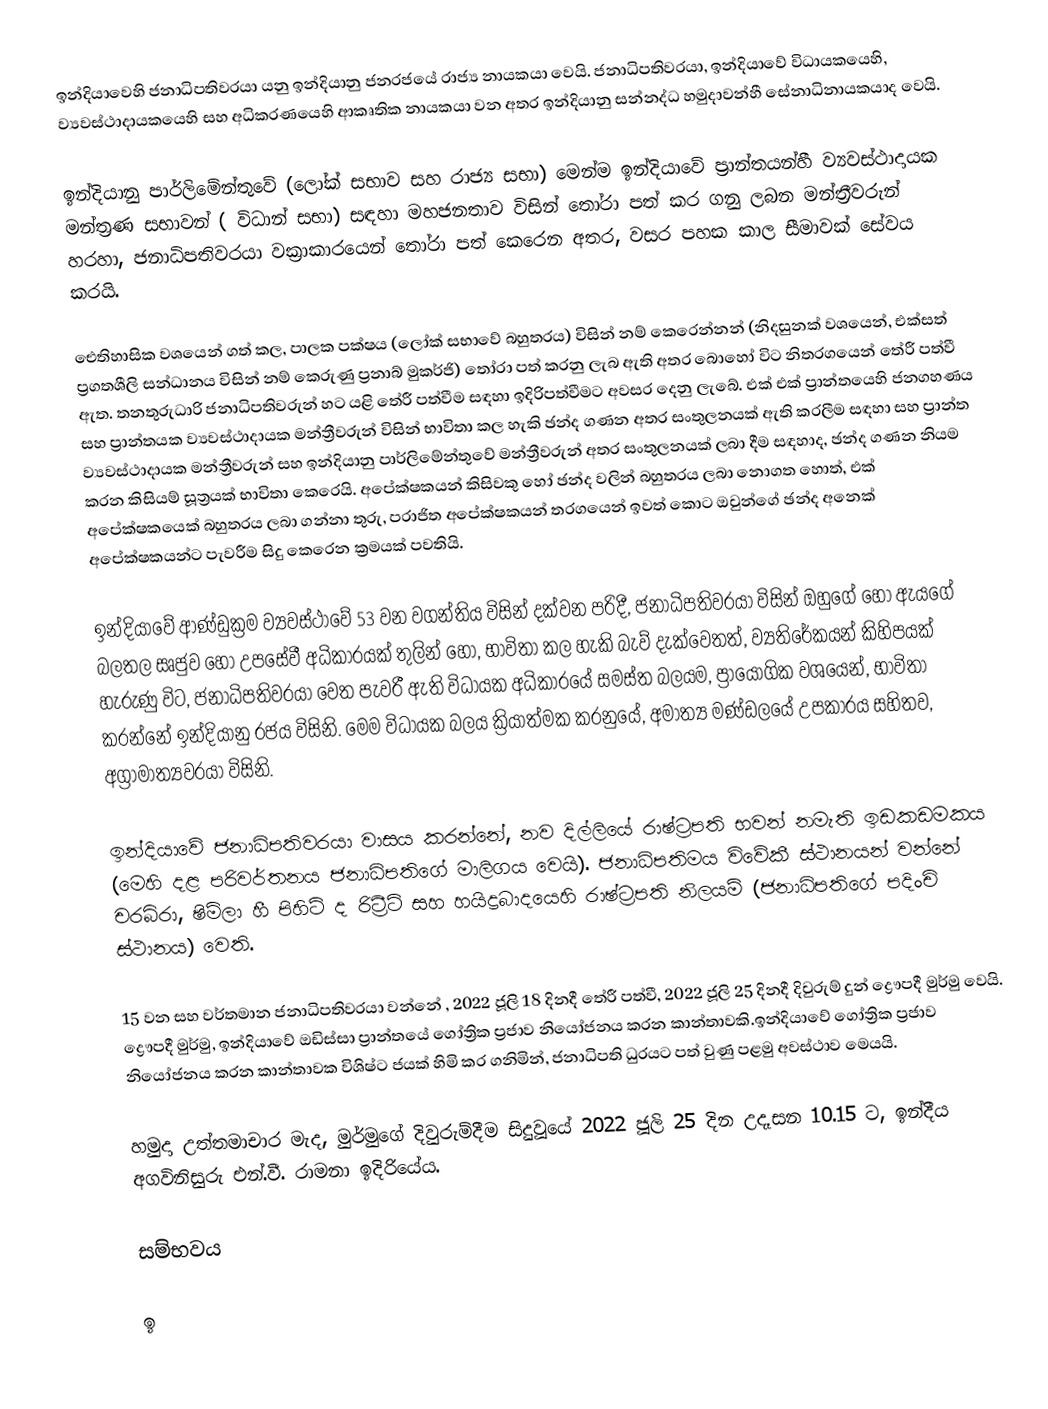
ඉන්දියාවෙහි ජනාධිපතිවරයා යනු ඉන්දියානු ජනරජයේ රාජ්‍ය නායකයා වෙයි. ජනාධිපතිවරයා, ඉන්දියාවේ  විධායකයෙහි, ව්‍යවස්ථාදායකයෙහි සහ අධිකරණයෙහි ආකෘතික නායකයා වන අතර ඉන්දියානු සන්නද්ධ හමුදාවන්හී සේනාධිනායකයාද වෙයි.

ඉන්දියානු පාර්ලිමේන්තුවේ (ලෝක් සභාව සහ රාජ්‍ය සභා) මෙන්ම ඉන්දියාවේ ප්‍රාන්තයන්හී ව්‍යවස්ථාදායක මන්ත්‍රණ සභාවන්‍ ( විධාන් සභා) සඳහා මහජනතාව විසින් තෝරා පත් කර ගනු ලබන මන්ත්‍රීවරුන් හරහා, ජනාධිපතිවරයා වක්‍රාකාරයෙන් තෝරා පත් කෙරෙන අතර, වසර පහක කාල සීමාවක් සේවය කරයි.

ඓතිහාසික වශයෙන් ගත් කල, පාලක පක්ෂය (ලෝක් සභාවේ බහුතරය) විසින් නම් කෙරෙන්නන් (නිදසුනක් වශයෙන්, එක්සත් ප්‍රගතශීලි සන්ධානය විසින් නම් කෙරුණු ප්‍රනාබ් මුකර්ජි) තෝරා පත් කරනු ලැබ ඇති අතර බොහෝ විට නිතරගයෙන් තේරී පත්වී ඇත. තනතුරුධාරි ජනාධිපතිවරුන් හට යළි තේරී පත්වීම සඳහා ඉදිරිපත්වීමට අවසර දෙනු ලැබේ. එක් එක් ප්‍රාන්තයෙහි ජනගහණය සහ ප්‍රාන්තයක ව්‍යවස්ථාදායක මන්ත්‍රීවරුන් විසින් භාවිතා කල හැකි ඡන්ද ගණන අතර සංතුලනයක් ඇති කරලීම සඳහා සහ ප්‍රාන්ත ව්‍යවස්ථාදායක මන්ත්‍රීවරුන් සහ ඉන්දියානු පාර්ලිමේන්තුවේ මන්ත්‍රීවරුන් අතර සංතුලනයක් ලබා දීම සඳහාද, ඡන්ද ගණන නියම කරන කිසියම් සූත්‍රයක් භාවිතා කෙරෙයි. අපේක්ෂකයන් කිසිවකු හෝ ඡන්ද වලින් බහුතරය ලබා නොගත හොත්, එක් අපේක්ෂකයෙක් බහුතරය ලබා ගන්නා තුරු, පරාජිත අපේක්ෂකයන් තරගයෙන් ඉවත් කොට ඔවුන්ගේ ඡන්ද අනෙක් අපේක්ෂකයන්ට පැවරීම සිදු කෙරෙන ක්‍රමයක් පවතියි.

ඉන්දියාවේ ආණ්ඩුක්‍රම ව්‍යවස්ථාවේ  53 වන වගන්තිය විසින් දක්වන පරිදී, ජනාධිපතිවරයා විසින් ඔහුගේ හෝ ඇයගේ බලතල සෘජුව හෝ උපසේවී අධිකාරයක් තුලින් හෝ, භාවිතා කල හැකි බැව් දැක්වෙතත්, ව්‍යතිරේකයන් කිහිපයක් හැරුණු විට, ජනාධිපතිවරයා වෙත පැවරී ඇති විධායක අධිකාරයේ සමස්ත බලයම, ප්‍රායෝගික වශයෙන්, භාවිතා කරන්නේ  ඉන්දියානු රජය විසිනි. මෙම විධායක බලය ක්‍රියාත්මක කරනුයේ, අමාත්‍ය මණ්ඩලයේ උපකාරය සහිතව,  අග්‍රාමාත්‍යවරයා විසිනි.

ඉන්දියාවේ ජනාධිපතිවරයා වාසය කරන්නේ, නව දිල්ලියේ  රාෂ්ට්‍රපති භවන් නමැති ඉඩකඩමකය (මෙහි දළ පරිවර්තනය ජනාධිපතිගේ මාලිගය වෙයි). ජනාධිපතිමය විවේකී ස්ථානයන් වන්නේ චරබ්රා, ෂිම්ලා හී පිහිටි ද රිට්‍රීට්  සහ හයිද්‍රබාදයෙහි  රාෂ්ට්‍රපති නිලයම් (ජනාධිපතිගේ පදිංචි ස්ථානය) වෙති.

15 වන සහ වර්තමාන ජනාධිපතිවරයා වන්නේ ,  2022 ජූලි 18 දිනදී තේරී පත්වී, 2022 ජූලි 25 දිනදී දිවුරුම් දුන් ද්‍රෞපදී මුර්මු වෙයි. ද්‍රෞපදී මුර්මු, ඉන්දියාවේ ඔඩිස්සා ප්‍රාන්තයේ ගෝත්‍රික ප්‍රජාව නියෝජනය කරන කාන්තාවකි.ඉන්දියාවේ ගෝත්‍රික ප්‍රජාව නියෝජනය කරන කාන්තාවක විශිෂ්ට ජයක් හිමි කර ගනිමින්, ජනාධිපති ධුරයට පත් වුණු පළමු අවස්ථාව මෙයයි.

හමුදා උත්තමාචාර මැද, මුර්මුගේ දිවුරුම්දීම සිදුවූයේ 2022 ජූලි 25 දින උදෑසන 10.15 ට, ඉන්දීය අගවිනිසුරු එන්.වී. රාමනා ඉදිරියේය.

සම්භවය

ඉ